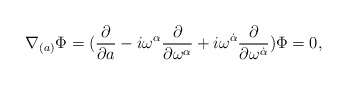
\begin{align*} \nabla _{(a)}\Phi =({\frac \partial {\partial a}}-i\omega^\alpha {\frac \partial {\partial \omega ^\alpha }}+i\omega ^{\dot \alpha }\frac{\partial}{\partial\omega^{\dot{\alpha}}})\Phi =0,\end{align*}